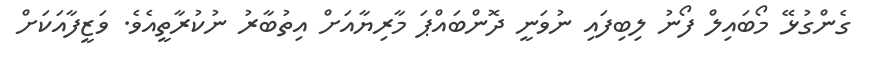
ގެންގުޅޭ މޯބައިލް ފޯނު ލިބިފައި ނުވަނީ ދޮންބައްޕަ މާރިޔާއަށް އިތުބާރު ނުކުރާތީއެވެ. ވަޒީފާއަކަށް